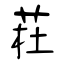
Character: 荰